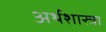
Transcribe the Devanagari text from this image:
अर्थशास्त्रा